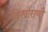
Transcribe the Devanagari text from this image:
विखाराणी